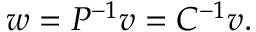
w = P ^ { - 1 } v = C ^ { - 1 } v .